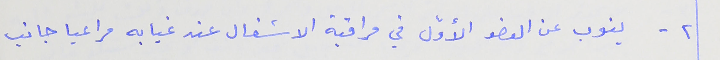
٢ - ينوب عن العضو الأوّل في مراقبة الاشغال عند غيابه مراعيا جانب